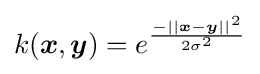
k({\boldsymbol {x}},{\boldsymbol {y}})=e^{\frac {-||{\boldsymbol {x}}-{\boldsymbol {y}}||^{2}}{2\sigma ^{2}}}